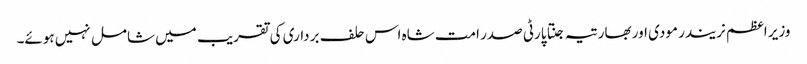
وزیر اعظم نریندر مودی اور بھارتیہ جنتا پارٹی صدر امت شاہ اس حلف برداری کی تقریب میں شامل نہیں ہوئے۔